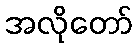
အလိုတော်